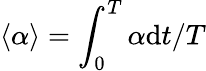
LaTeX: \left<\alpha\right>=\int_{0}^{T}\alpha\mathrm{d}t/T